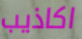
اكاذيب